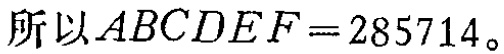
所以\(ABCDEF = 285714\)。